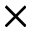
\times